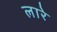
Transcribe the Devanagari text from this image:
लारे